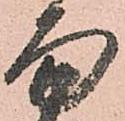
面